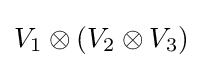
V_{1}\otimes (V_{2}\otimes V_{3})